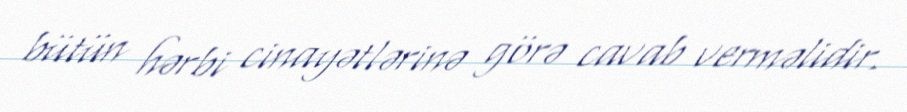
bütün hərbi cinayətlərinə görə cavab verməlidir.